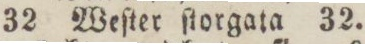
32 Weſter ſtorgata 32.